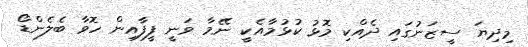
މިދިޔަ ސީޒަނުގައި ދެއްކި މޮޅު ކުޅުމާއެކީ ނޭމާ ވަނީ ފީފާއިން ހޮވާ ބެލެންޑޯ